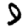
Digit: 9